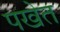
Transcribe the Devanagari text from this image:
पखेत